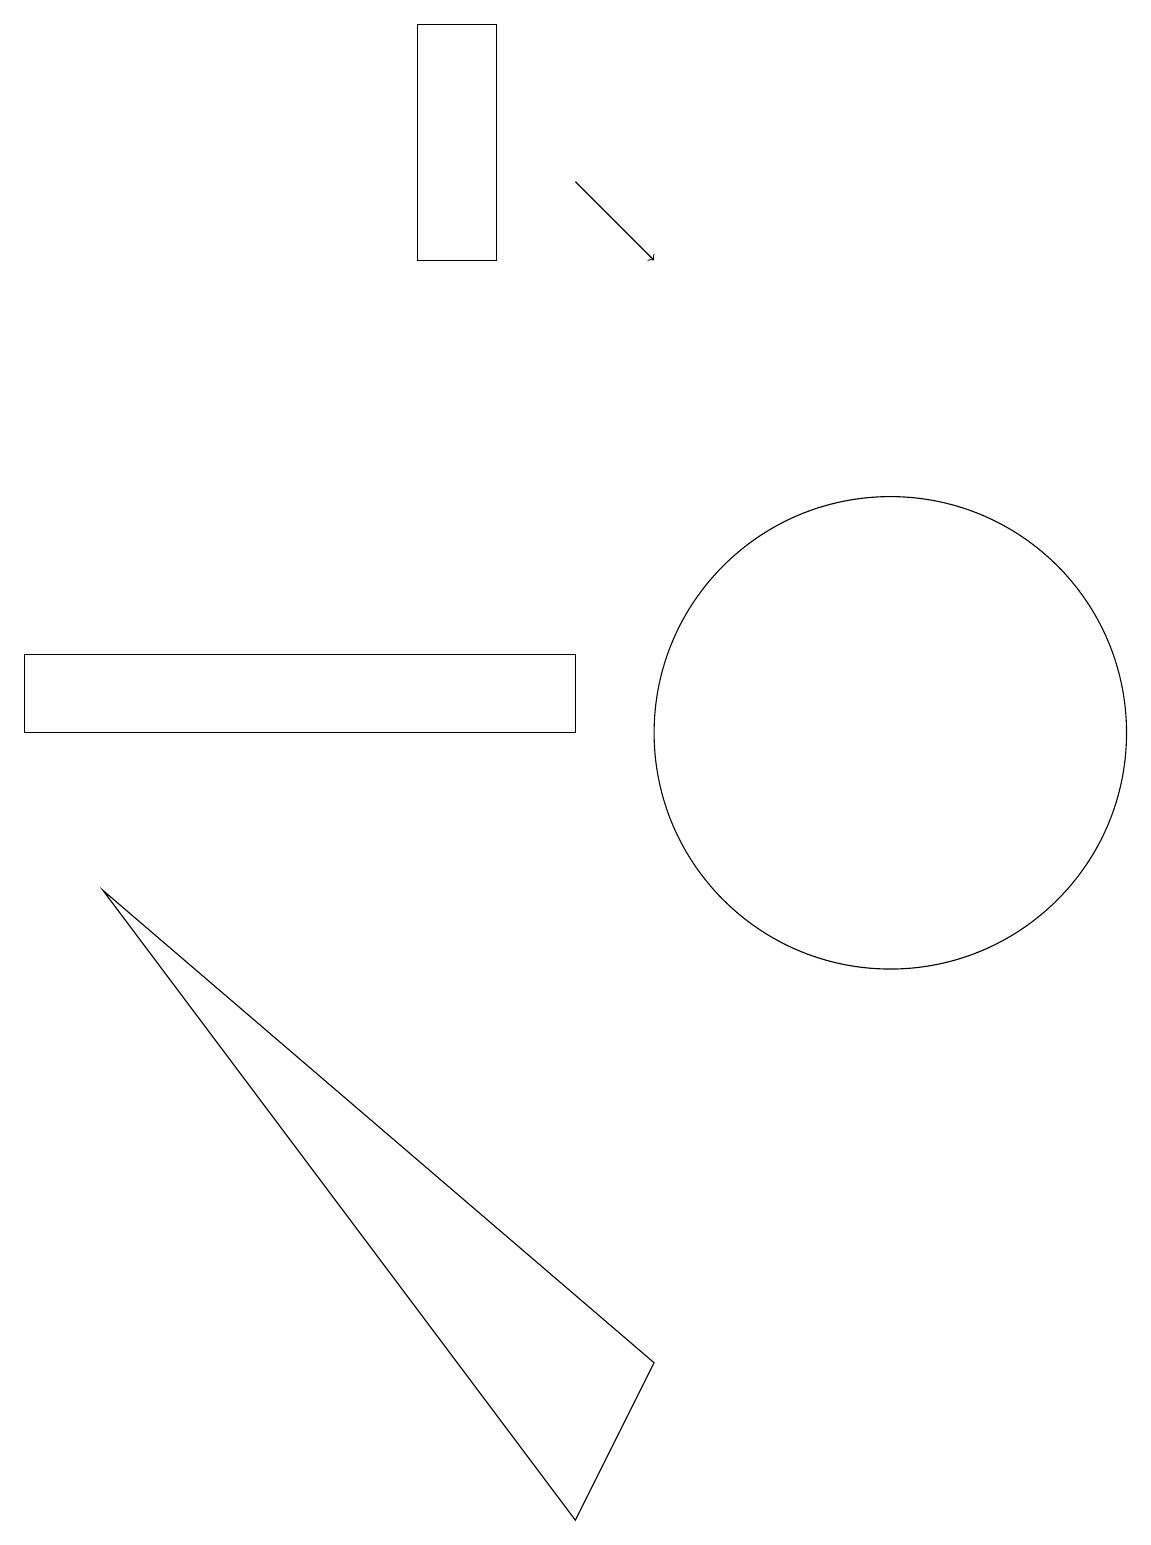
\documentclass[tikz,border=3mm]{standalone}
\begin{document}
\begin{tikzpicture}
\draw (6,19) rectangle (7,16);
\draw[->] (8,17) -- (9,16);
\draw (12,10) circle (3);
\draw (2,8) -- (8,0) -- (9,2) -- cycle;
\draw (1,10) rectangle (8,11);
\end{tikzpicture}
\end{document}